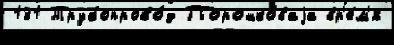
131 Трубопрово́д Порошко́ваjа вр'е́м'я